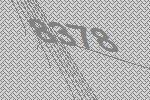
8378